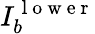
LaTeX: I_{b}^{\mathrm{~l~o~w~e~r~}}